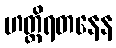
ဟတ္ထိရတနေန